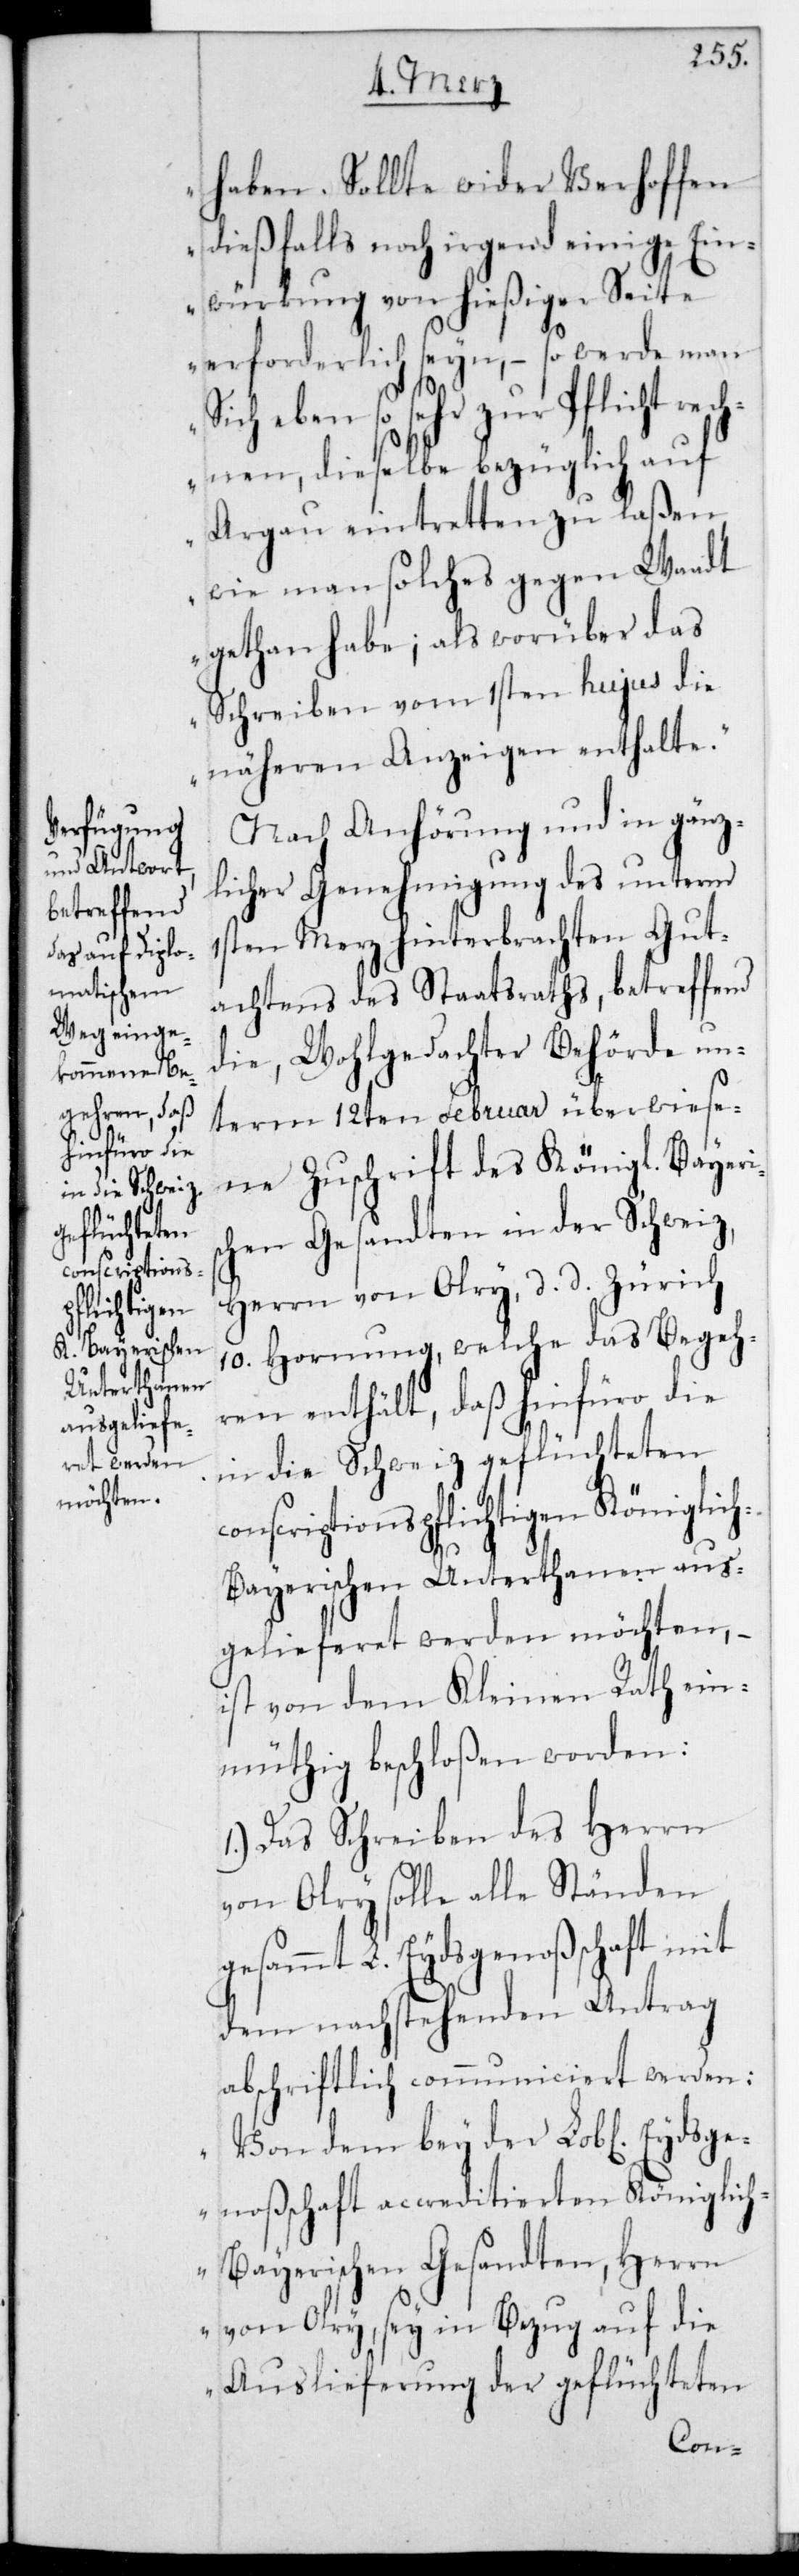
Königlich-B¬
conscriptions¬
pflichtigen

haben. Sollte wider Verhoffen
dießfalls noch irgend einige Ein¬
würkung von hießiger Seite
erforderlich seyn, – so werde man
sich eben so sehr zur Pflicht rec¬
hnen, dieselbe bezüglich auf
Argau eintretten zu laßen,
wie man solches gegen Waadt
gethan habe; als worüber das
Schreiben vom 1sten hujus die
näheren Anzeigen enthalte“.
Nach Anhörung und in gänz¬
licher Genehmigung des unterm
1sten Merz hinterbrachten Gut¬
achtens des Staatsraths, betreffend
die, wohlgedachter Behörde un¬
term 12ten Februar überwiese¬
ne Zuschrift des Königl. Bayeri¬
schen Gesandten in der Schweiz,
Herrn von Olry, d. d. Zürich
10. Hornung, welche das Begeh¬
ren enthält, daß hinfüro die
in die Schweiz geflüchteten
ayerischen Unterthanen aus¬
gelieferet werden möchten, –
ist von dem Kleinen Rath ein¬
müthig beschloßen worden:
1.) Das Schreiben des Herrn
von Olry solle alle Ständen
gesamt L. Eydsgenoßenschaft mit
dem nachstehenden Antrag
abschriftlich communiciert werden:
„Von dem bey der Lobl. Eydsge¬
noßenschaft accreditierten Königlic¬
h-Bayerischen Gesandten, Herrn
von Olry, sey in Bezug auf die
Auslieferung der geflüchteten